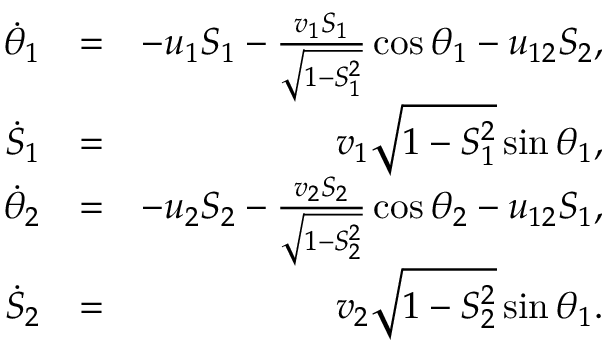
\begin{array} { r l r } { \dot { \theta } _ { 1 } } & { = } & { - u _ { 1 } S _ { 1 } - \frac { v _ { 1 } S _ { 1 } } { \sqrt { 1 - S _ { 1 } ^ { 2 } } } \cos \theta _ { 1 } - u _ { 1 2 } S _ { 2 } , } \\ { \dot { S } _ { 1 } } & { = } & { v _ { 1 } \sqrt { 1 - S _ { 1 } ^ { 2 } } \sin \theta _ { 1 } , } \\ { \dot { \theta } _ { 2 } } & { = } & { - u _ { 2 } S _ { 2 } - \frac { v _ { 2 } S _ { 2 } } { \sqrt { 1 - S _ { 2 } ^ { 2 } } } \cos \theta _ { 2 } - u _ { 1 2 } S _ { 1 } , } \\ { \dot { S } _ { 2 } } & { = } & { v _ { 2 } \sqrt { 1 - S _ { 2 } ^ { 2 } } \sin \theta _ { 1 } . } \end{array}